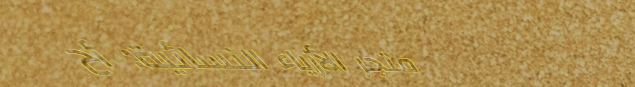
متجر الأزياء النسائية: أح